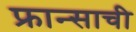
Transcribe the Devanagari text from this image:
फ्रान्साची